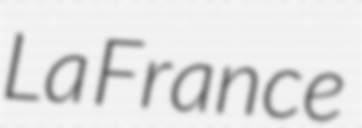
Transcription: La France